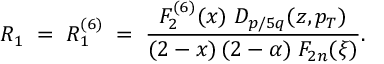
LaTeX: R _ { 1 } \; = \; R _ { 1 } ^ { ( 6 ) } \; = \; { \frac { F _ { 2 } ^ { ( 6 ) } ( x ) \; D _ { p \/ / 5 q } ( z , p _ { T } ) } { ( 2 - x ) \, ( 2 - \alpha ) \; F _ { 2 n } ( \xi ) } } .